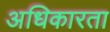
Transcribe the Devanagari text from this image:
अधिकारता